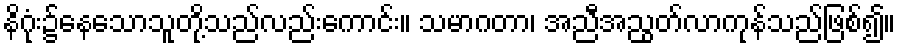
နိဂုံး၌နေသောသူတို့သည်လည်းကောင်း။ သမာဂတာ၊ အညီအညွတ်လာကုန်သည်ဖြစ်၍။